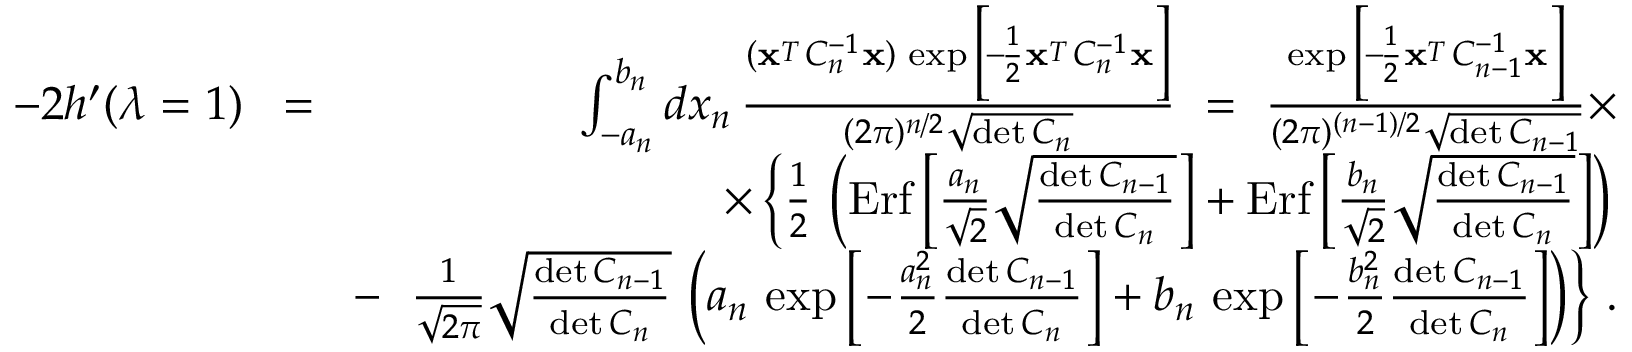
\begin{array} { r l r } { - 2 h ^ { \prime } ( \lambda = 1 ) } & { \! = \! } & { \int _ { - a _ { n } } ^ { b _ { n } } d x _ { n } \, { \frac { ( { \bf x } ^ { _ T } C _ { n } ^ { - 1 } { \bf x } ) \, \exp \Big [ \! - \! { \frac { 1 } { 2 } } { \bf x } ^ { _ T } C _ { n } ^ { - 1 } { \bf x } \Big ] } { ( 2 \pi ) ^ { n / 2 } \sqrt { \operatorname* { d e t } C _ { n } } } } \ = \ { \frac { \exp \Big [ \! - \! { \frac { 1 } { 2 } } { \bf x } ^ { _ T } C _ { n - 1 } ^ { - 1 } { \bf x } \Big ] } { ( 2 \pi ) ^ { ( n - 1 ) / 2 } \sqrt { \operatorname* { d e t } C _ { n - 1 } } } } \times } \\ & { } & { \times \left\{ { \frac { 1 } { 2 } } \, \left( \mathrm { E r f } \left[ { \frac { a _ { n } } { \sqrt 2 } } \sqrt { \frac { \operatorname* { d e t } C _ { n - 1 } } { \operatorname* { d e t } C _ { n } } } \right] + \mathrm { E r f } \left[ { \frac { b _ { n } } { \sqrt 2 } } \sqrt { \frac { \operatorname* { d e t } C _ { n - 1 } } { \operatorname* { d e t } C _ { n } } } \right] \right) \right. } \\ & { } & { - \ \left. { \frac { 1 } { \sqrt { 2 \pi } } } \sqrt { \frac { \operatorname* { d e t } C _ { n - 1 } } { \operatorname* { d e t } C _ { n } } } \, \left( a _ { n } \, \exp \Big [ \! - \! { \frac { a _ { n } ^ { 2 } } { 2 } } { \frac { \operatorname* { d e t } C _ { n - 1 } } { \operatorname* { d e t } C _ { n } } } \Big ] + b _ { n } \, \exp \Big [ \! - \! { \frac { b _ { n } ^ { 2 } } { 2 } } { \frac { \operatorname* { d e t } C _ { n - 1 } } { \operatorname* { d e t } C _ { n } } } \Big ] \right) \right\} \, . } \end{array}